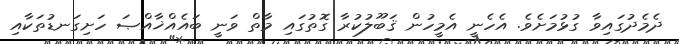
ދެމެދުގައިވާ ގުޅުމަށެވެ. އެހެނީ އެމީހުން ޤަބޫލުކުރާ ގޮތުގައި މާތް ވަނީ ބައެއްޚާއްޞަ ހަށިގަނޑުތަކާއި